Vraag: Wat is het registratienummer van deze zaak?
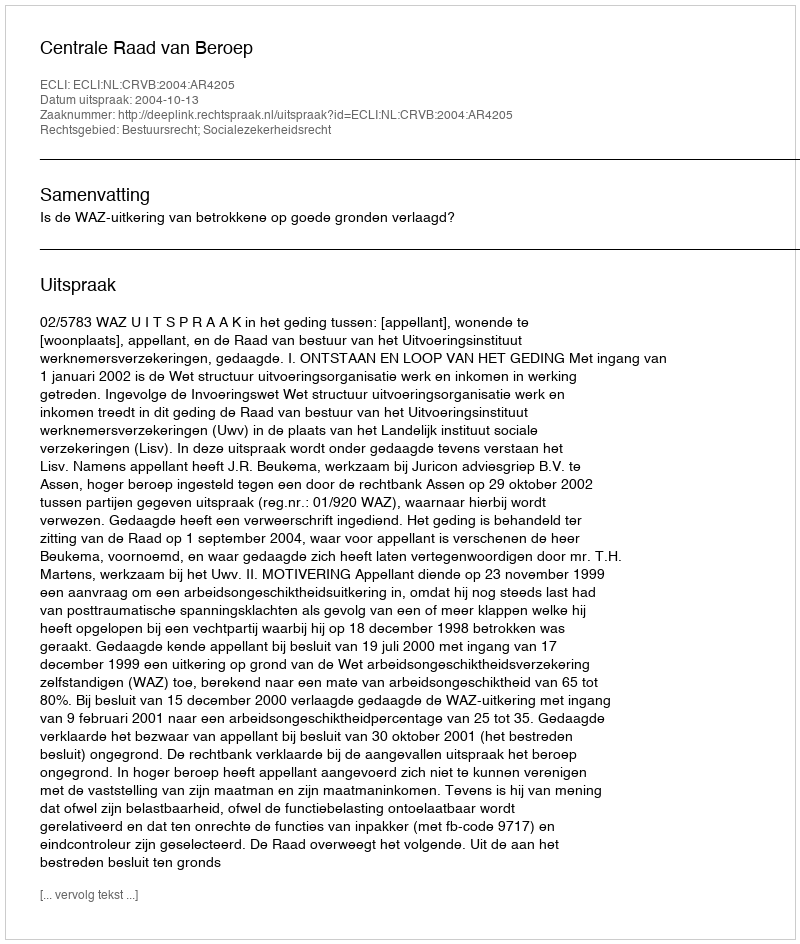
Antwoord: http://deeplink.rechtspraak.nl/uitspraak?id=ECLI:NL:CRVB:2004:AR4205